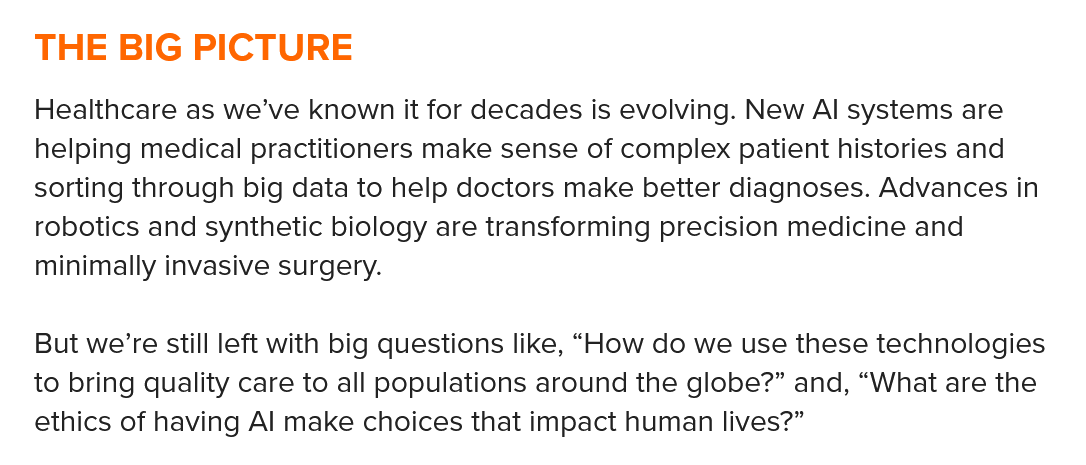
THE  BIG  PICTURE
   Healthcare as we’ve known it for decades is evolving. New Al systems are
   helping medical practitioners make sense of complex patient histories and
   sorting through big data to help doctors make better diagnoses. Advances in
   robotics and synthetic biology are transforming precision medicine and
   minimally invasive surgery.
   But we’re still left with big questions like, “How do we use these technologies
   to bring quality care to all populations around the globe?” and, “What are the
   ethics of having Al make choices that impact human lives?”